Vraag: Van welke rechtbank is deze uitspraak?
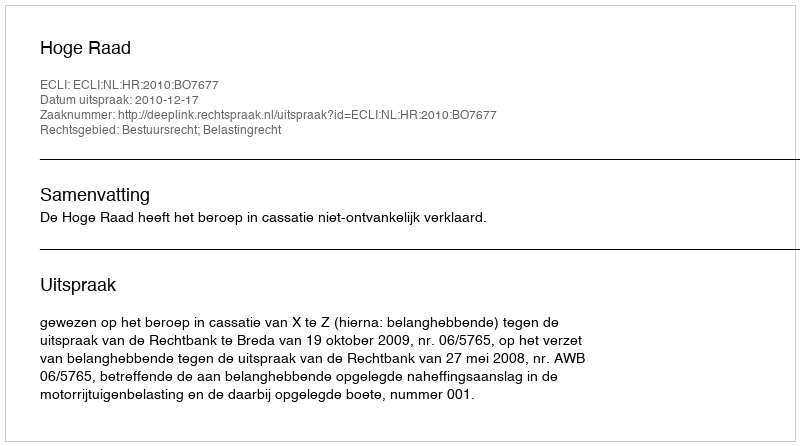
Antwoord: Hoge Raad